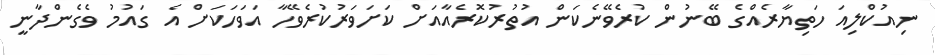
ނިއުކްލިއަ ހަތިޔާރެއްގެ ބޭނުން ކުރެވޭނެކަން އުތުރުކޮރެއާއަށް ކަށަވަރުކުރެވޭހާ އަވަހަކަށް އެ ގައުމު ވެގެންދާނީ